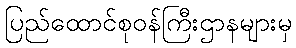
ပြည်ထောင်စုဝန်ကြီးဌာနများမှ